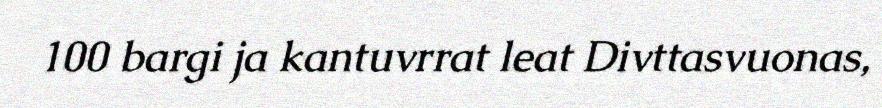
100 bargi ja kantuvrrat leat Divttasvuonas,